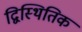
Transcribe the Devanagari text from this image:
द्विस्थितिक